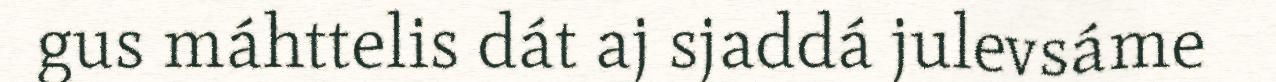
gus máhttelis dát aj sjaddá julevsáme